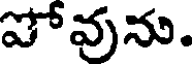
పోవును.